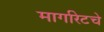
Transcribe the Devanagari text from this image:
मार्गारेटचे